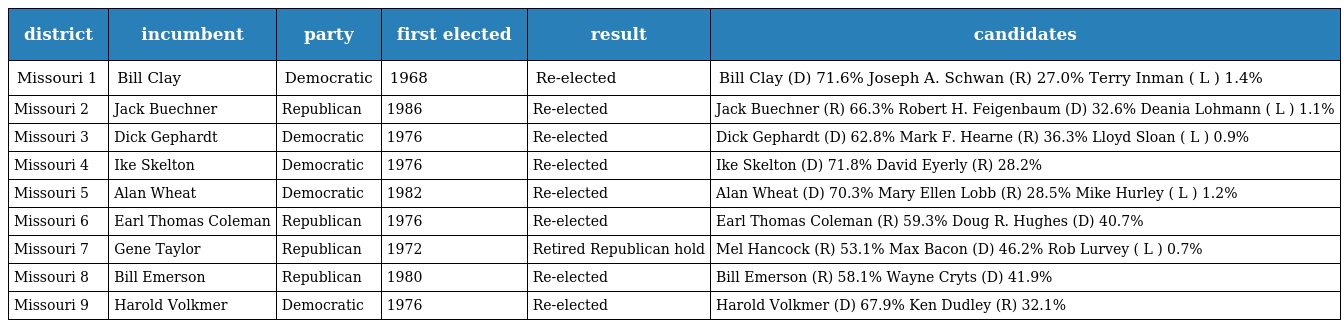
| district | incumbent | party | first elected | result | candidates |
 | --- | --- | --- | --- | --- | --- |
 | Missouri 1 | Bill Clay | Democratic | 1968 | Re-elected | Bill Clay (D) 71.6% Joseph A. Schwan (R) 27.0% Terry Inman ( L ) 1.4% |
 | Missouri 2 | Jack Buechner | Republican | 1986 | Re-elected | Jack Buechner (R) 66.3% Robert H. Feigenbaum (D) 32.6% Deania Lohmann ( L ) 1.1% |
 | Missouri 3 | Dick Gephardt | Democratic | 1976 | Re-elected | Dick Gephardt (D) 62.8% Mark F. Hearne (R) 36.3% Lloyd Sloan ( L ) 0.9% |
 | Missouri 4 | Ike Skelton | Democratic | 1976 | Re-elected | Ike Skelton (D) 71.8% David Eyerly (R) 28.2% |
 | Missouri 5 | Alan Wheat | Democratic | 1982 | Re-elected | Alan Wheat (D) 70.3% Mary Ellen Lobb (R) 28.5% Mike Hurley ( L ) 1.2% |
 | Missouri 6 | Earl Thomas Coleman | Republican | 1976 | Re-elected | Earl Thomas Coleman (R) 59.3% Doug R. Hughes (D) 40.7% |
 | Missouri 7 | Gene Taylor | Republican | 1972 | Retired Republican hold | Mel Hancock (R) 53.1% Max Bacon (D) 46.2% Rob Lurvey ( L ) 0.7% |
 | Missouri 8 | Bill Emerson | Republican | 1980 | Re-elected | Bill Emerson (R) 58.1% Wayne Cryts (D) 41.9% |
 | Missouri 9 | Harold Volkmer | Democratic | 1976 | Re-elected | Harold Volkmer (D) 67.9% Ken Dudley (R) 32.1% |